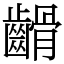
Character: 䶤